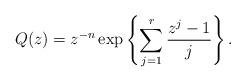
LaTeX: \begin{align*} Q(z)= z^{-n} \exp\left\{\sum_{j=1}^r\frac{z^j-1}{j}\right\}. \end{align*}